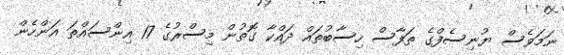
ނަމަވެސް ޔުނިސެފްގެ ތަފާސް ހިސާބުތައް ދައްކާ ގޮތުން މިސްރުގެ 17 އިންސައްތަ އަންހެން